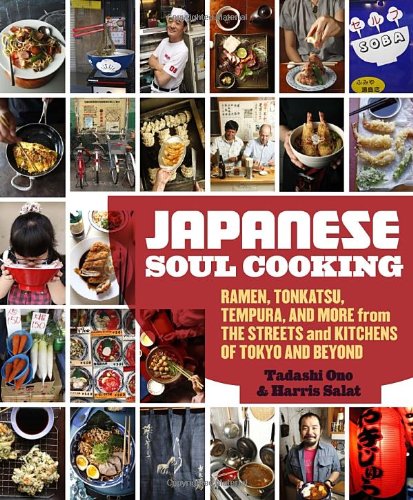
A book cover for Japanese Soul Cooking: Ramen, Tonkatsu, Tempura, and More from the Streets and Kitchens of Tokyo and Beyond; Tadashi Ono; Cookbooks, Food & Wine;